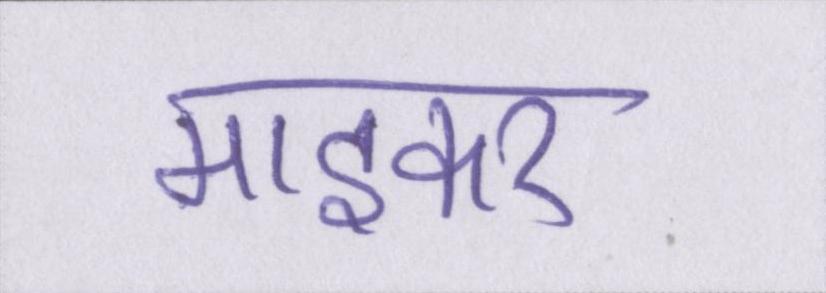
माइकर